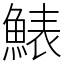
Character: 䱪